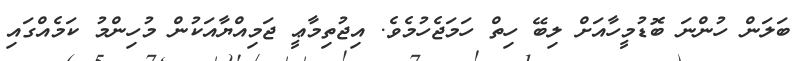
ބަލަން ހުންނަ ބޮޑުމީހާއަށް ލިބޭ ހިތް ހަމަޖެހުމެވެ. އިޖުތިމާޢީ ޖަމިއްޔާއަކުން މުހިންމު ކަމެއްގައި